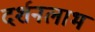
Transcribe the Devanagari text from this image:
दर्शनलाभ